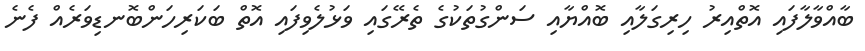
ބާއްވާލާފައި އޮތްއިރު ހިރިގަލާއި ބޮއްޔާއި ސަންގުތަކުގެ ތެރޭގައި ވަޅުލެވިފައި އޮތް ބަކަރިހަންބޮނޑިވަރެއް ފެނެ